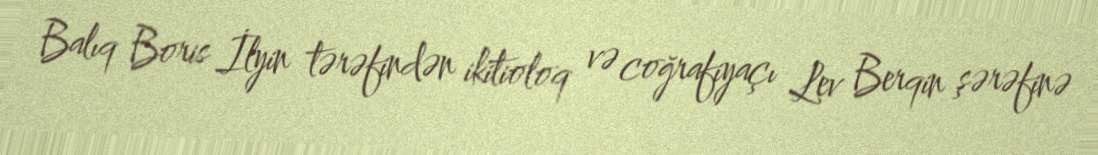
Balıq Boris İlyin tərəfindən ikitioloq və coğrafiyaçı Lev Berqin şərəfinə